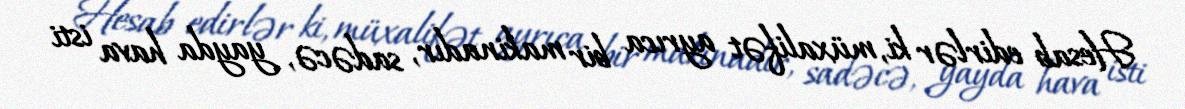
Hesab edirlər ki, müxalifət ayrıca bir makinadır, sadəcə, yayda hava isti